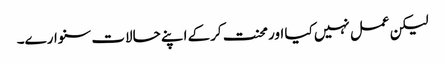
لیکن عمل نہیں کیا اور محنت کرکے اپنے حالات سنوارے۔